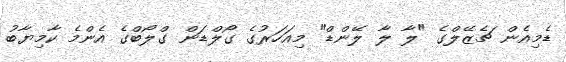
ޑެމިއެން ޗެޒޭލްގެ "ލާ ލާ ލޭންޑް" މިއަހަރުގެ ގޯލްޑަން ގްލޯބްގެ އެންމެ ކާމިޔާބު